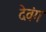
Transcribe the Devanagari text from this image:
देवंग